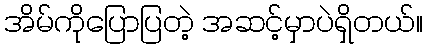
အိမ်ကိုပြောပြတဲ့ အဆင့်မှာပဲရှိတယ်။